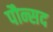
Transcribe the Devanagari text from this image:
पौन्सद